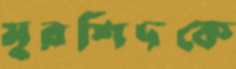
মুরশিদকে